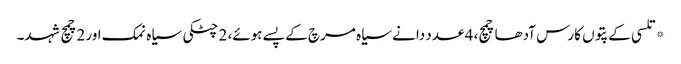
*تلسی کے پتوں کا رس آدھا چمچ، 4 عدد دانے سیاہ مرچ کے پسے ہوئے، 2 چٹکی سیاہ نمک اور 2چمچ شہد۔